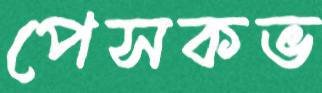
পেসকভ